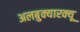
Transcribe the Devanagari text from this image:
अलबुक्यारक्यू